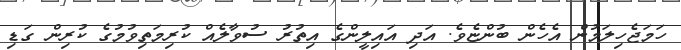
ހަމަޖެހިލަމުން އެހެން ބުންޏެވެ. އަދި އައިލީންގެ އިތުރު ސުވާލެއް ކުރިމަތިވުމުގެ ކުރިން ގަޑި